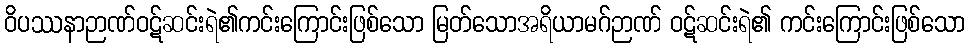
ဝိပဿနာဉာဏ်ဝဋ်ဆင်းရဲ၏ကင်းကြောင်းဖြစ်သော မြတ်သောအရိယာမဂ်ဉာဏ် ဝဋ်ဆင်းရဲ၏ ကင်းကြောင်းဖြစ်သော